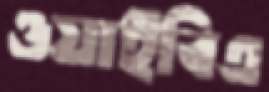
ওয়াইবিএ